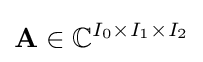
{\bf {A}}\in {\mathbb {C} }^{I_{0}\times I_{1}\times I_{2}}